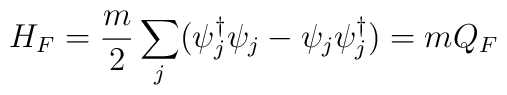
H_F = \frac{m}{2}\sum_j(\psi_j^\dagger \psi_j - \psi_j\psi^\dagger_j) = mQ_F